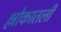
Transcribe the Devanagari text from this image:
श्लोकातली